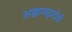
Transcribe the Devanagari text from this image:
अक्कामहादेवी